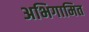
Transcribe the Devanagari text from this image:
अभिगामित